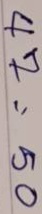
47 = 50